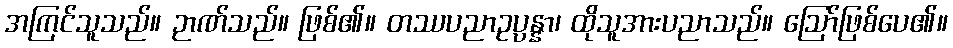
အကြင်သူသည်။ ဉာဏ်သည်။ ဖြစ်၏။ တဿပညာဥပ္ပန္နာ၊ ထိုသူအားပညာသည်။ ဩော်ဖြစ်ပေ၏။